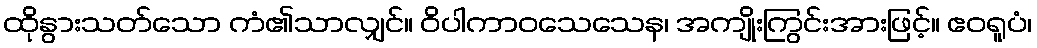
ထိုနွားသတ်သော ကံ၏သာလျှင်။ ဝိပါကာဝသေသေန၊ အကျိုးကြွင်းအားဖြင့်။ ဧဝရူပံ၊